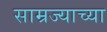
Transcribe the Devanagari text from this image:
साम्रज्याच्या